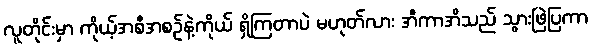
လူတိုင်းမှာ ကိုယ့်အစီအစဉ်နဲ့ကိုယ် ရှိကြတာပဲ မဟုတ်လား အီကာအိသည် သွားဖြဲပြကာ